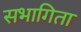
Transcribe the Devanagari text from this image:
सभागिता